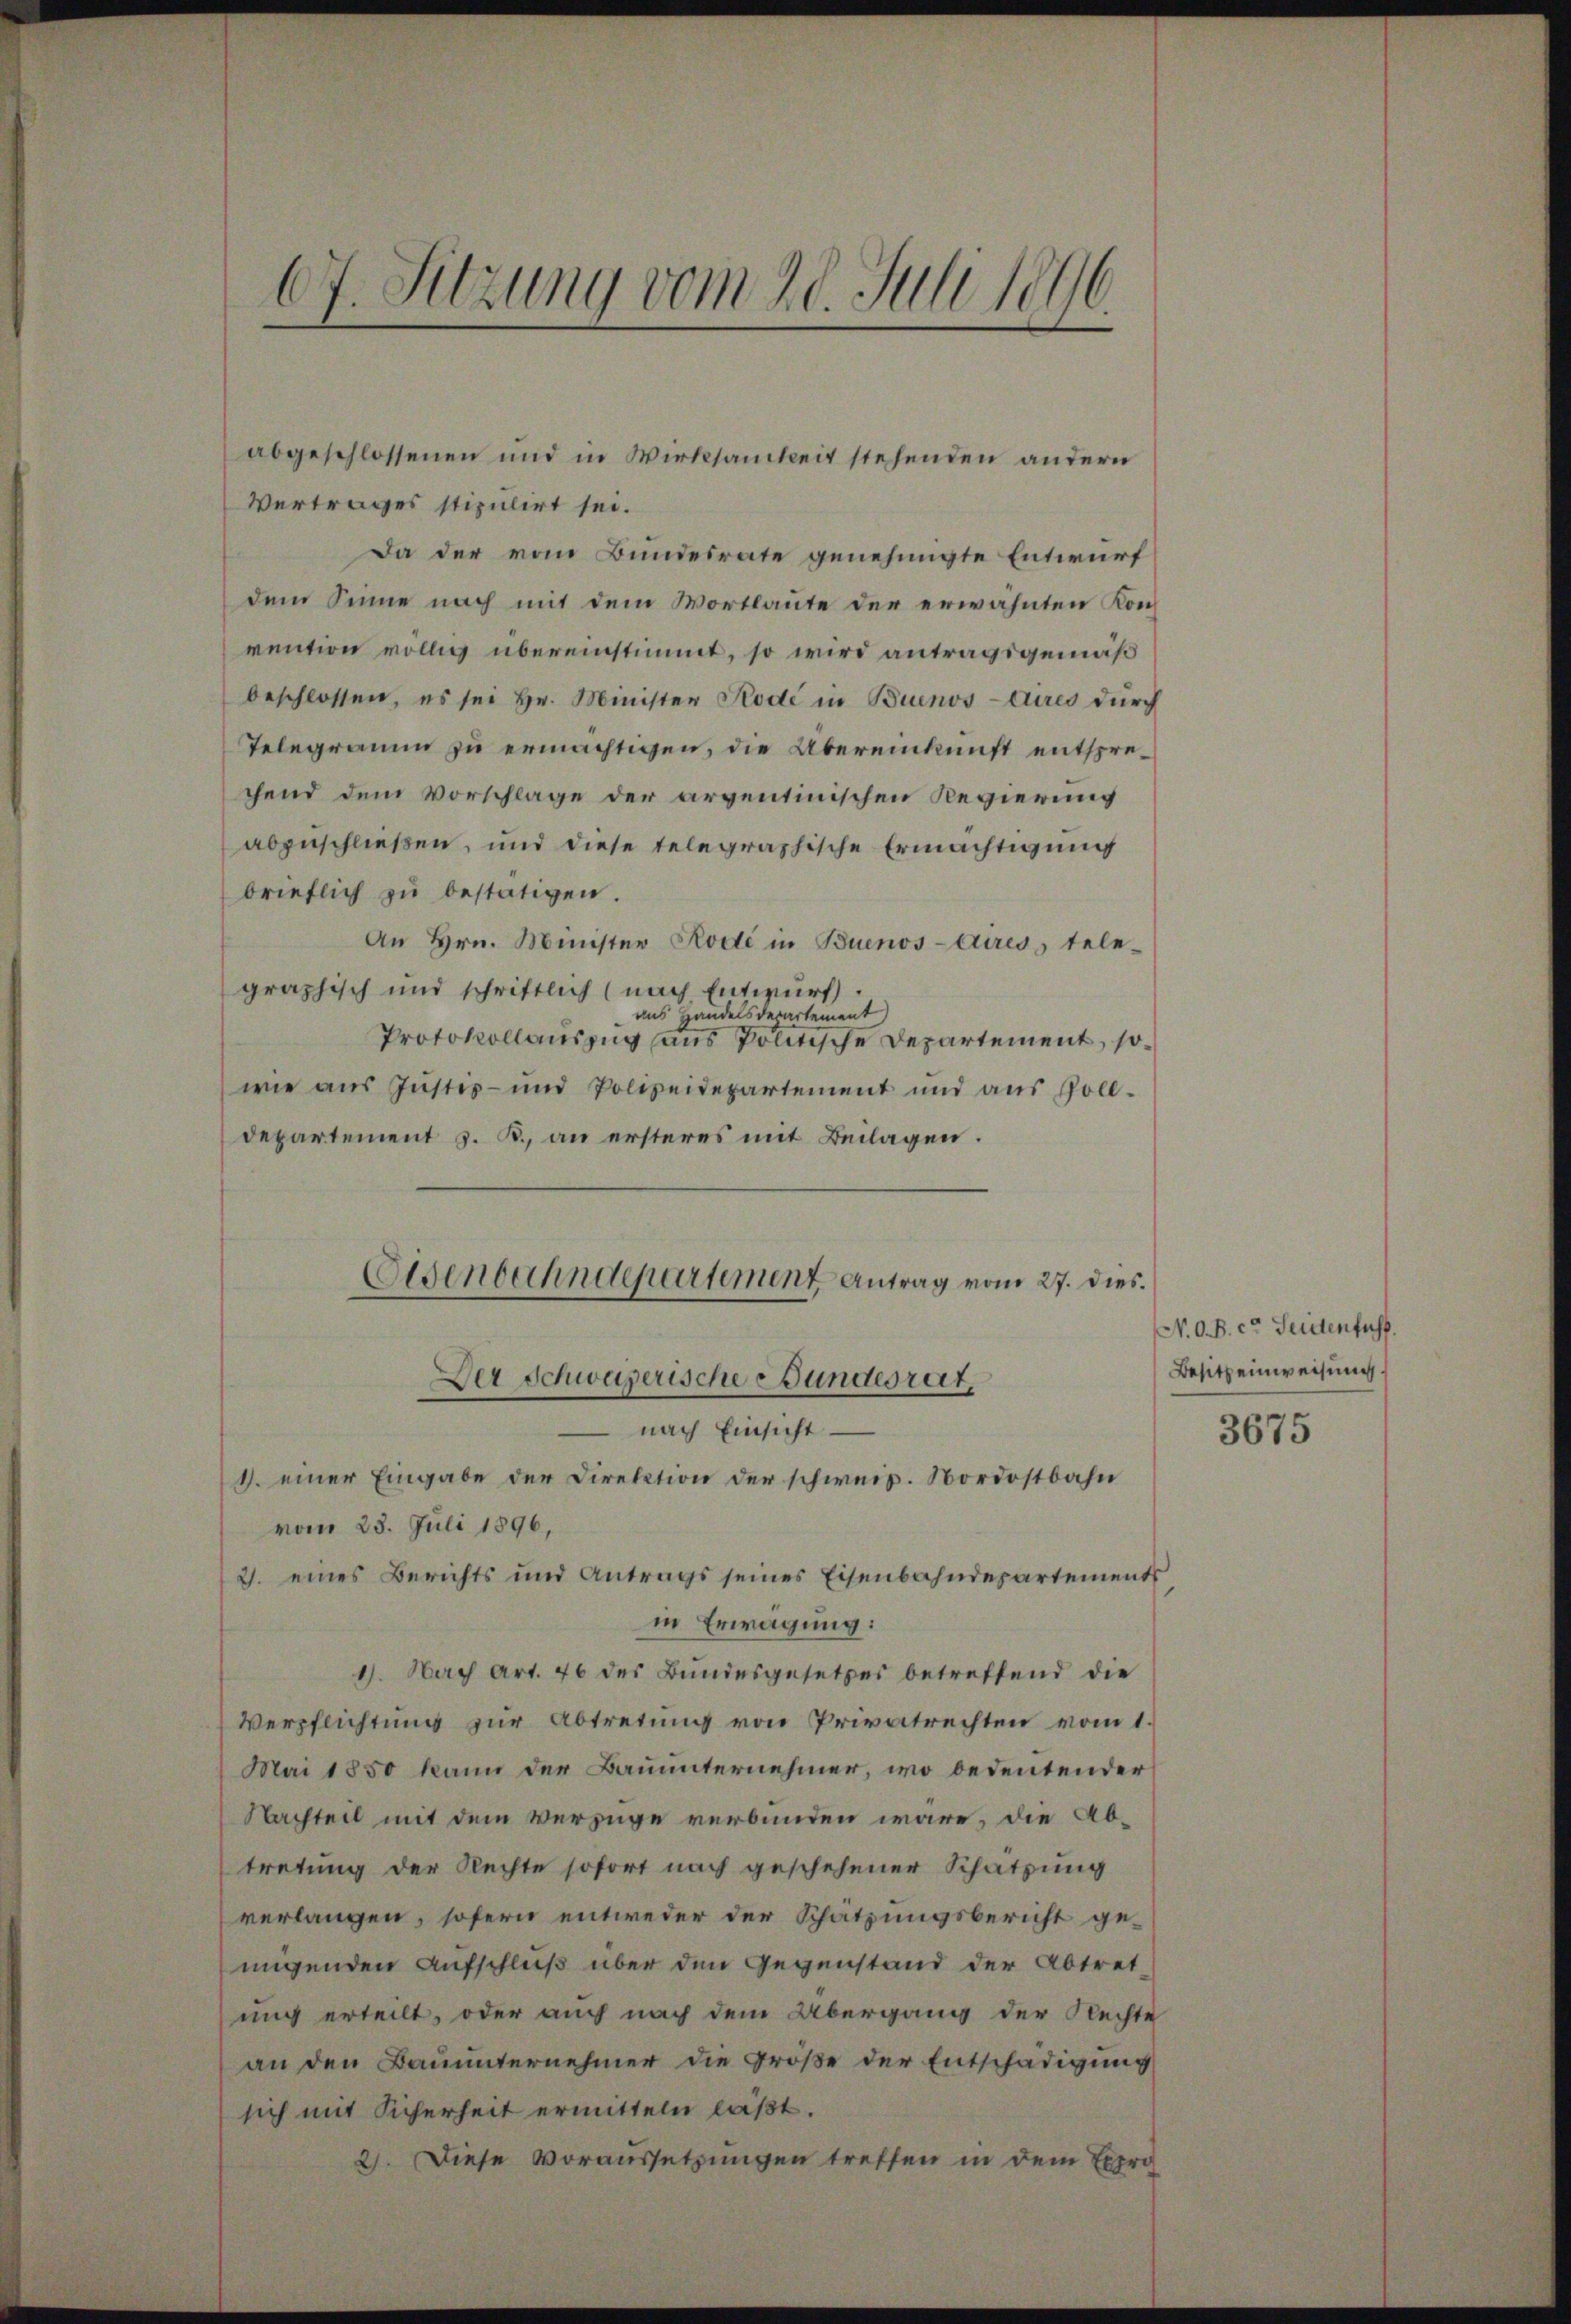
67. Sitzung vom 20. Juli 1896.

Vertrages stipulirt sei.
Da der vom Bundesrate genehmigte Entwurf
dem Sinne nach mit dem Wortlaute der erwähnten Konvention völlig übereinstimmt, so wird antragsgemäß
beschlossen, es sei Hr. Minister Kode in Buenos-Aires durch
Telegramm zu ermächtigen, die Übereinkunft entsprechend dem Vorschlage der argentinischen Regierung
abzuschließen, und diese telegraphische Ermächtigung
brieflich zŭ bestätigen.
An Hrn. Minister Rode in Buenos-Aires, telegraphisch und schriftlich (nach Entwurf.
aus Handelsdepartement
Protokollauszug aus Politische Departement, sowie aus Justiz- und Polizeidepartement und aus Polldepartement z. B. an ersteres mit Beilagen.
Eisenbahndepartement Antrag vom 27. dies.

abgeschlossenen und in Wirksamkeit stehenden andern

vom 23. Juli 1896,
2. eines Berichts und Antrags seines Eisenbahndepartements
in Erwägung:
1). Nach Art. 76 des Bundesgesetzes betreffend die
Verpflichtung zur Abtretung von Privatrechten vom 1.
Mai 1850 kann der Bauunternehmer, wo bedeutender
Nachteil mit dem Verzüge verbunden wäre, die Abtretung der Rechte sofort nach geschehener Schatzung
verlangen, sofern entweder der Schätzungsbericht genigenden Aufschluß über den Gegenstand der Abtretung erteilt, oder auch nach dem Übergang der Rechte
an den Bauunternehmer die Große der Entschädigung
sich mit Sicherheit ermitteln läßt.
2). Diese Voraussetzungen treffen in dem Expro

Der Schweizerische Bundesrat,
 nach Einsicht.
4. einer Eingabe der Direktion der schweiz. Nordostbahn

N. O. B. c. Seidenfass
Besitzeinweisung

3675